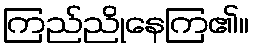
ကြည်ညိုနေကြ၏။